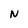
Character: N